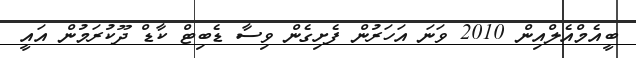
ބީއެމްއެލްއިން 2010 ވަނަ އަހަރުން ފެށިގެން ވިސާ ޑެބިޓް ކާޑް ދޫކުރަމުން އައީ